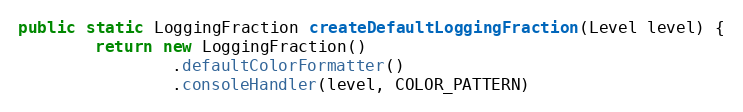
Language: Java
public static LoggingFraction createDefaultLoggingFraction(Level level) {
        return new LoggingFraction()
                .defaultColorFormatter()
                .consoleHandler(level, COLOR_PATTERN)